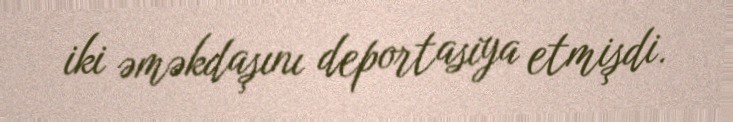
iki əməkdaşını deportasiya etmişdi.